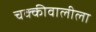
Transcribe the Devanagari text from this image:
चक्कीवालीला